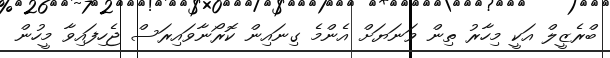
ބްރެޒީލް އަކީ މިހާރު ތިން ވަނަޔަށް އެންމެ ގިނައިން ކޮރޯނާވައިރަސް ޖެހިފައިވާ މީހުން